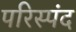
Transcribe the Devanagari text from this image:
परिस्पंद